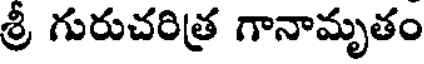
శ్రీ గురుచరిత్ర గానామృతం